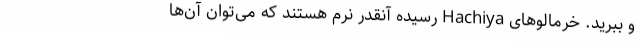
و ببرید. خرمالوهای Hachiya رسیده آنقدر نرم هستند که می‌توان آن‌ها